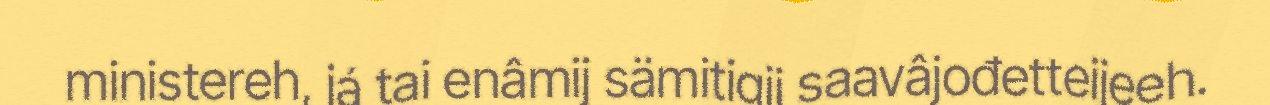
ministereh, já tai enâmij sämitigij saavâjođetteijeeh.